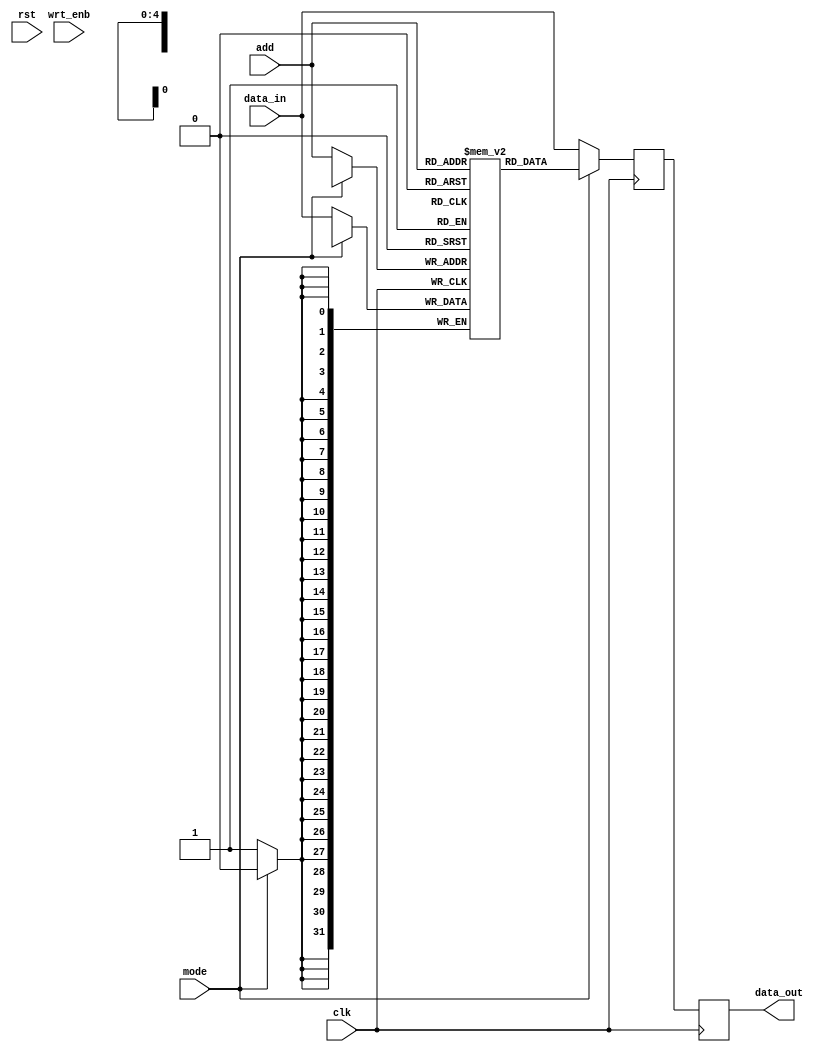
module memory(clk,rst,wrt_enb,add,data_in,mode,data_out);
    input clk,rst,wrt_enb,mode;
    input [31:0]data_in;
    input [4:0]add;
    output reg [31:0]data_out;
    reg [31:0]data;
    reg [31:0] memory [31:0];
    
    always @(posedge clk)
     begin
        if(mode == 1'b1)
         begin
            data_out = data;
           data = memory[add];
        
        end
        else
         begin
            data_out = data;
            memory[add] = data_in;
            data = data_in;
            
        end
    end
endmodule

module memory_tb;
    reg clk,rst,wrt_enb,mode;
    reg [31:0]data_in;
    wire [31:0]data_out;
    reg [4:0]add;
    memory uut(clk,rst,wrt_enb,add,data_in,mode,data_out);
    always 
    #10 clk = ~clk;
    initial
     begin
        
        rst=0;wrt_enb=1;mode=0;clk=0;
         add = 5'b00001;
        data_in = 32'b0;
    #20;
    mode =0;
    add = 5'b00011;
    data_in = 32'b1;
    #20;
    add = 5'b00101;
    data_in = 32'd2;
    #20;
    mode =1 ;
    add = 5'b00001;
    #20;
    add = 5'b00101;
    #100 $finish;
        
     end

   initial 
begin
    $monitor("time=%g data_out=%b",$time,data_out);
end
endmodule